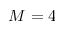
M = 4